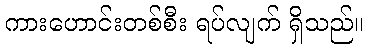
ကားဟောင်းတစ်စီး ရပ်လျက် ရှိသည်။